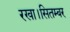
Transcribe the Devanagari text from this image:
रखा।सितम्बर